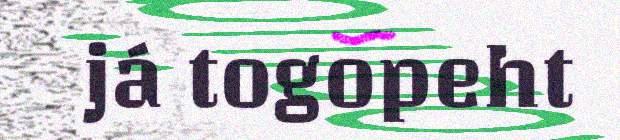
já togopeht